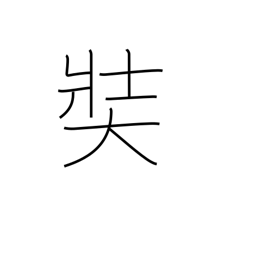
Meaning: large